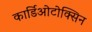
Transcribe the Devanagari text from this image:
कार्डिओटोक्सिन